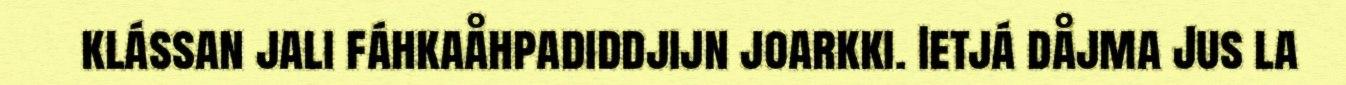
klássan jali fáhkaåhpadiddjijn joarkki. Ietjá dåjma Jus la